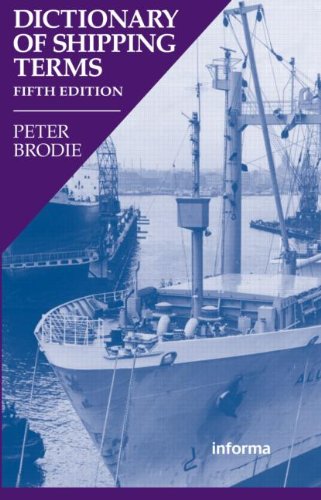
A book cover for Dictionary of Shipping Terms; Peter Brodie; Law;